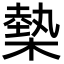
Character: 槷